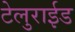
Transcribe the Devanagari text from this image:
टेलुराईड